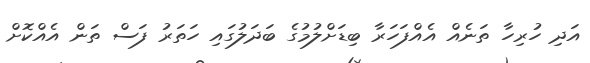
އަދި ހުރިހާ ތަނެއް އެއްފަހަރާ ބިޑަށްލުމުގެ ބަދަލުގައި ހަތަރު ފަސް ތަން އެއްކޮށް